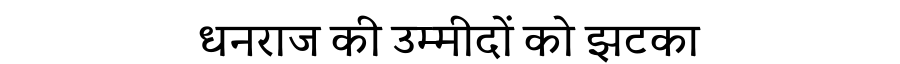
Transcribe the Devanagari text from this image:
धनराज की उम्मीदों को झटका